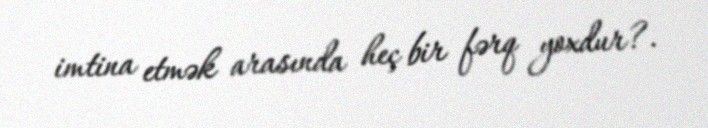
imtina etmək arasında heç bir fərq yoxdur?.